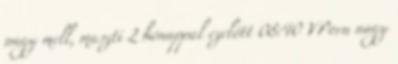
nagy mell, maszti 2 hónappal ezelőtt 08:40 VPorn nagy